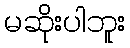
မဆိုးပါဘူး